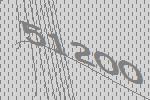
51200